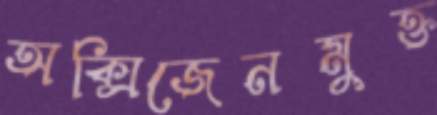
অক্সিজেনমুক্ত